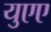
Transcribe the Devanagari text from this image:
युएए